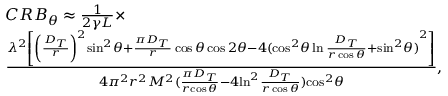
\begin{array} { r l } & { C R { B _ { \theta } } \approx \frac { 1 } { { 2 \gamma L } } \times } \\ & { \frac { { { \lambda ^ { 2 } } \left[ { { { \left( { \frac { { { D _ { T } } } } { r } } \right) } ^ { 2 } } { { \sin } ^ { 2 } } \theta + \frac { { \pi { D _ { T } } } } { r } \cos \theta \cos 2 \theta - 4 { { ( { { { \cos } ^ { 2 } } \theta \ln \frac { { { D _ { T } } } } { { r \cos \theta } } + { { \sin } ^ { 2 } } \theta } ) } ^ { 2 } } } \right] } } { { 4 { \pi ^ { 2 } } { r ^ { 2 } } M ^ { 2 } ( { \frac { { { \pi D _ { T } } } } { r { \cos \theta } } - 4 { { \ln } ^ { 2 } } \frac { { { D _ { T } } } } { { r \cos \theta } } } ) { { \cos } ^ { 2 } } \theta } } , } \end{array}